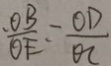
\frac { . O B } { O E } = \frac { O D } { O C }